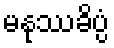
မနုဿခိပ္ပံ